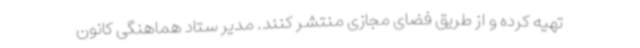
تهیه کرده و از طریق فضای مجازی منتشر کنند. مدیر ستاد هماهنگی کانون